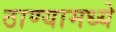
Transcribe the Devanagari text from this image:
ठाण्यामध्ये